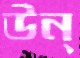
উন্